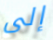
إلى